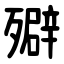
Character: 㱸